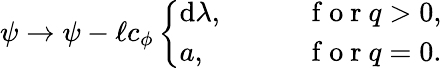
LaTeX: \psi\to\psi-\ell c_{\phi}\left\{ \begin{array}{ll}{\mathrm{d}\lambda,}&{\qquad\mathrm{~f~o~r~}q>0,}\\ {a,}&{\qquad\mathrm{~f~o~r~}q=0.}\end{array}\right.